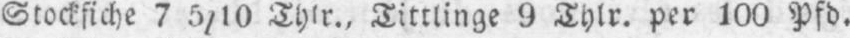
Stockfiche 7 5/10 Thlr., Tittlinge 9 Thlr. per 100 Pdf.